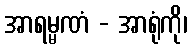
အာရမ္မဏံ - အာရုံကို၊